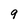
Character: 9